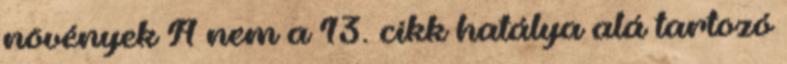
növények A nem a 13. cikk hatálya alá tartozó